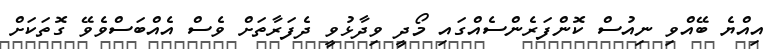
އިއްޔެ ބޭއްވި ނިއުސް ކޮންފަރެންސެއްގައި މޯދީ ވިދާޅުވީ ދެފަރާތަށް ވެސް އެއްބަސްވެވޭ ގޮތަކަށް